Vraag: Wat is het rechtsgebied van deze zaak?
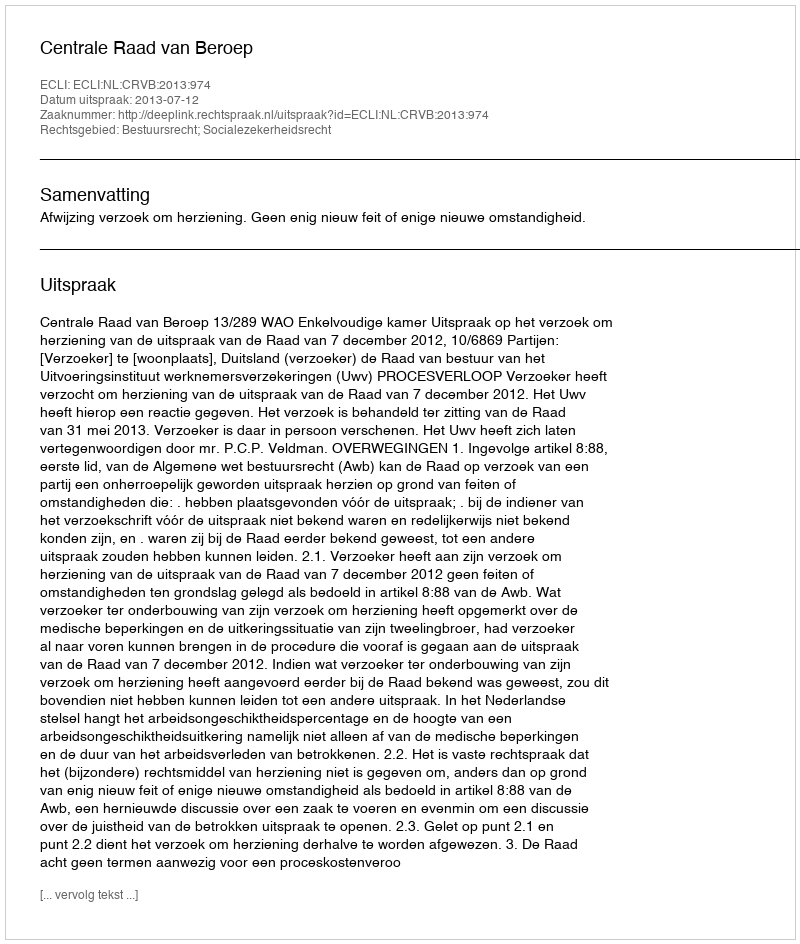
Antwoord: Bestuursrecht; Socialezekerheidsrecht